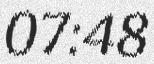
07:48